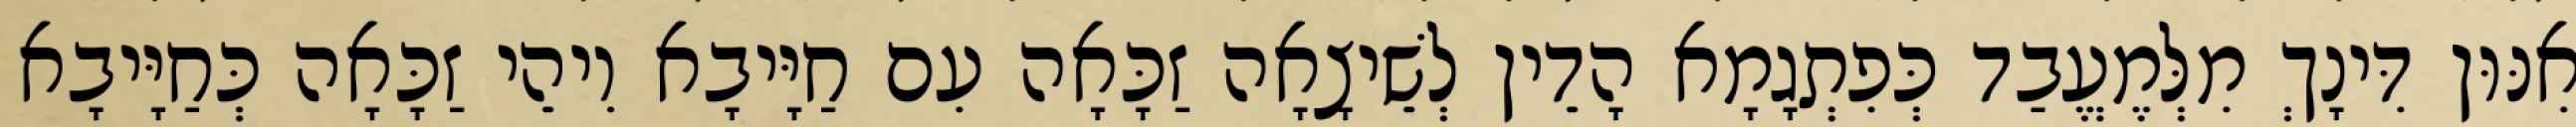
אִנּוּן דִּינָךְ מִלְּמֶעֱבַד כְּפִתְגָמָא הָדֵין לְשֵׁיצָאָה זַכָּאָה עִם חַיָּיבָא וִיהֵי זַכָּאָה כְּחַיָּיבָא